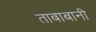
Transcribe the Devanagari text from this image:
ताबाबानी